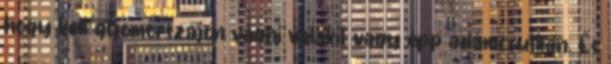
hogy kell gyomorszájon vágni valakit vagy épp ádámcsutkán. És